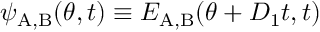
\psi _ { \mathrm { A , B } } ( \theta , t ) \equiv E _ { \mathrm { A , B } } ( \theta + D _ { 1 } t , t )